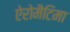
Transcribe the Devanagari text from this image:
ऐरोमैटिमा